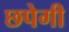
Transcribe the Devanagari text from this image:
छपेगी